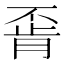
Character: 𫠶